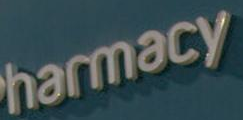
harmacy